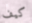
كيف